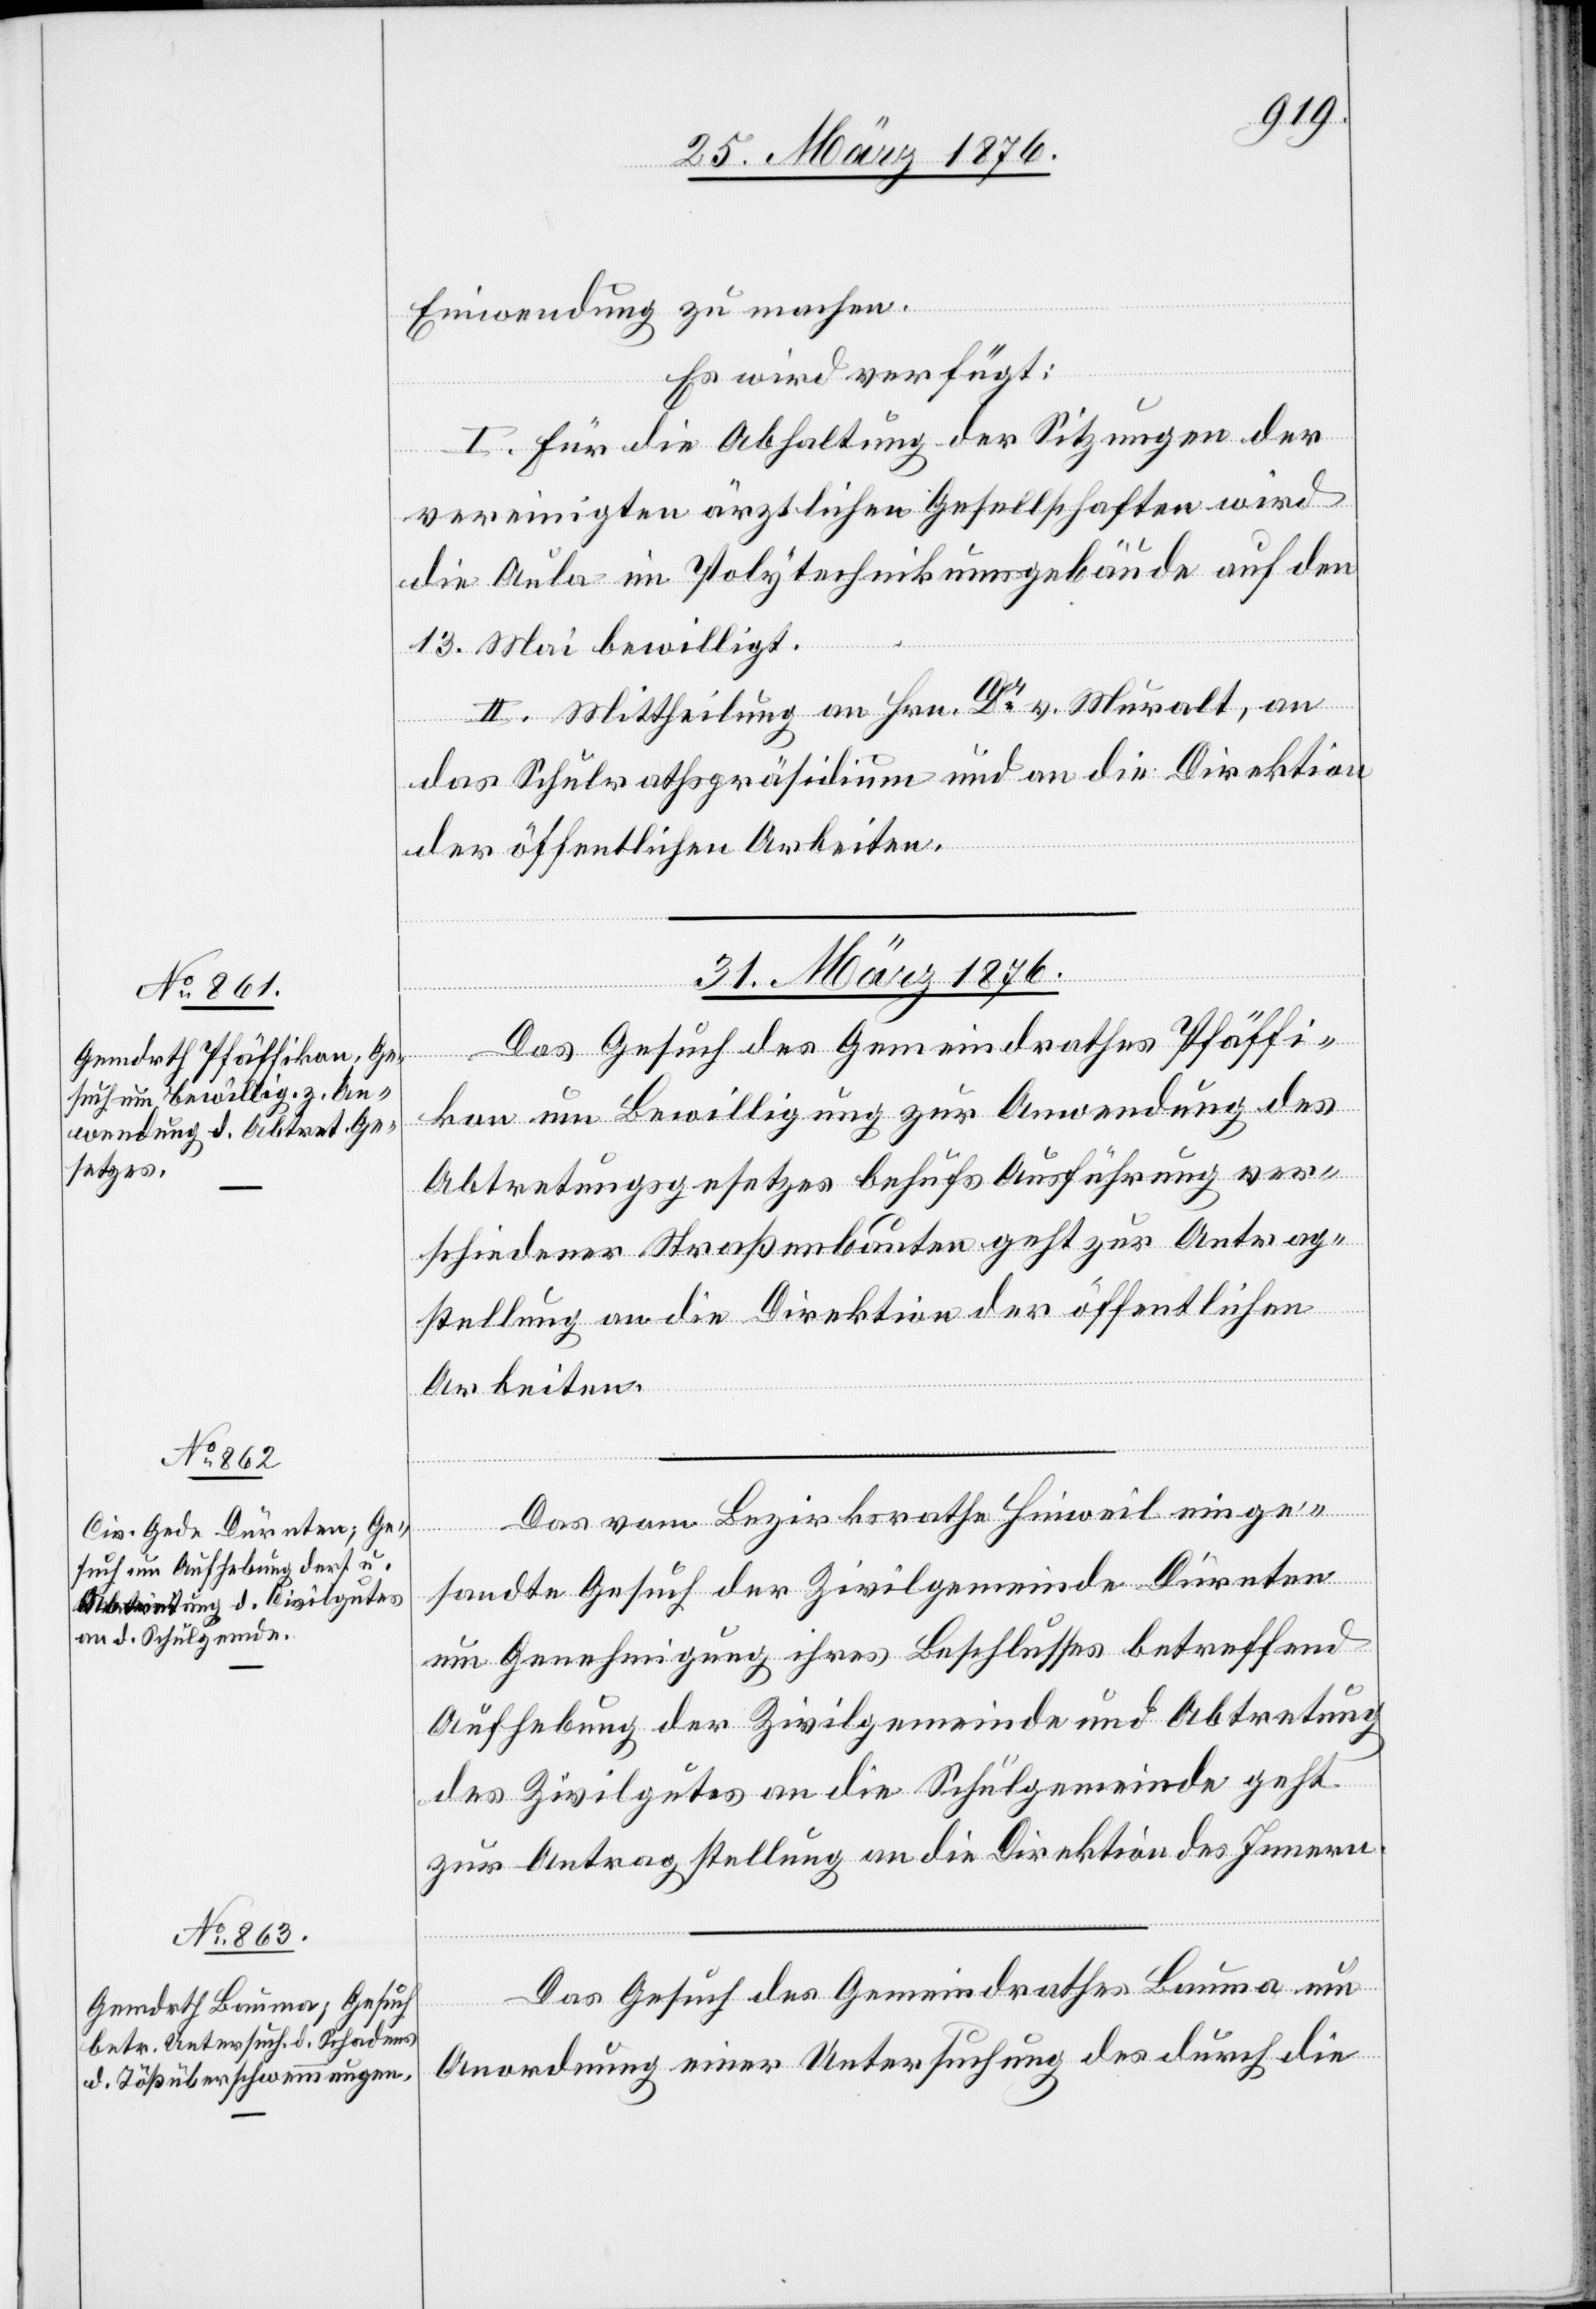
Einwendung zu machen.
Es wird verfügt:
I. Für die Abhaltung der Sitzungen der
vereinigten ärztlichen Gesellschaften wird
die Aula im Polytechnikumsgebäude auf en
13. Mai bewilligt.
II. Mittheilung an Hrn. Dr v. Muralt, an
das Schulrathspräsidium und an die Direktion
der öffentlichen Arbeiten.
31. März 1876.]
Das Gesuch des Gemeindrathes Pfäffi¬
kon um Bewilligung zur Anwendung des
Abtretungsgesetzes behufs Ausführung ver¬
schiedener Straßenbauten geht zur Antrag¬
stellung an die Direktion der öffentlichen
Arbeiten.
Das vom Bezirksrathe Hinweil einge¬
sandte Gesuch der Zivilgemeinde Dürnten
um Genehmigung ihres Beschlusses betreffen
Aufhebung der Zivilgemeinde und Abtretung
des Zivilgutes an die Schulgemeinde geht
zur Antragstellung an die Direktion des Innern.
Das Gesuch des Gemeindrathes Bauma um
Anordnung einer Untersuchung des durch die